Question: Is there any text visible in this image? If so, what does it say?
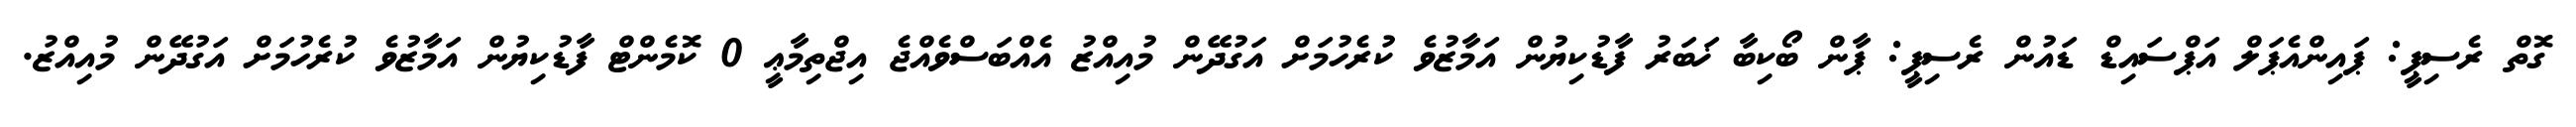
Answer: ގޮތް ރެސިޕީ: ޕައިންއެޕަލް އަޕްސައިޑް ޑައުން ރެސިޕީ: ޕާން ބޯކިބާ ޚަބަރު ފާޑުކިޔުން އަމާޒުވެ ކުރެހުމަށް އަގުދޭން މުއިއްޒު އެއްބަސްވެއްޖެ އިޖްތިމާޢީ 0 ކޮމެންޓް ފާޑުކިޔުން އަމާޒުވެ ކުރެހުމަށް އަގުދޭން މުއިއްޒު.